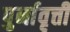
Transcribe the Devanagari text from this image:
पुर्नावृत्ती